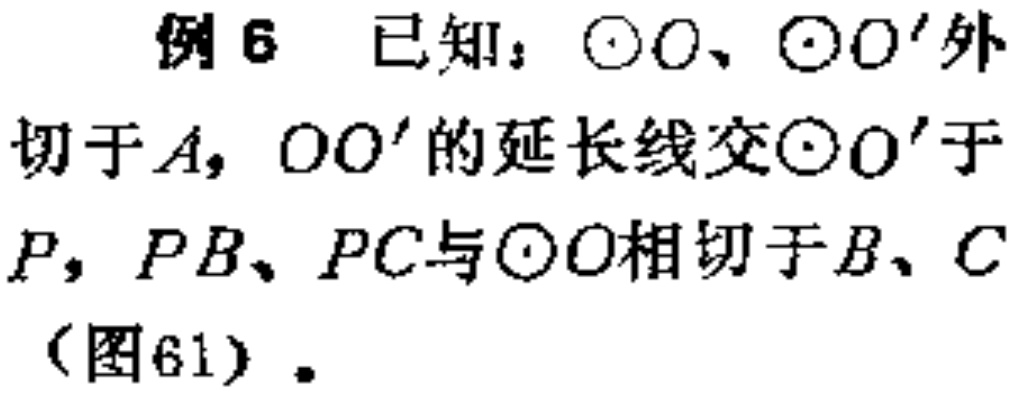
例6 已知：\(\odot O\)、\(\odot O'\)外切于\(A\)，\(OO'\)的延长线交\(\odot O'\)于\(P\)，\(PB\)、\(PC\)与\(\odot O\)相切于\(B\)、\(C\)（图61）。